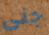
جنى